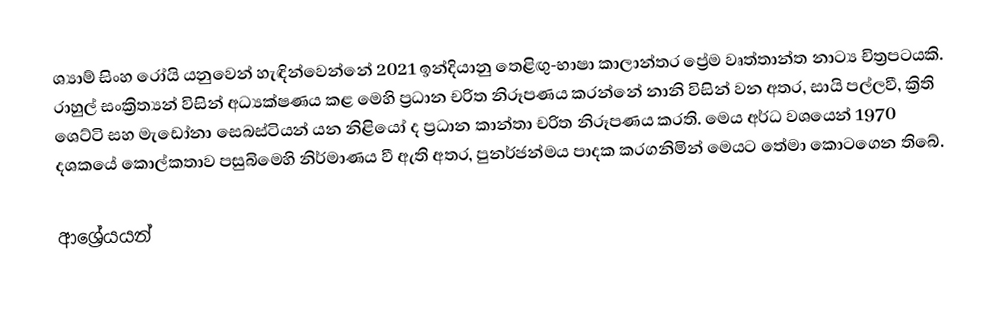
ශ්‍යාම් සිංහ රෝයි යනුවෙන් හැඳින්වෙන්නේ 2021 ඉන්දියානු තෙළිඟු-භාෂා කාලාන්තර ප්‍රේම වෘත්තාන්ත නාට්‍ය චිත්‍රපටයකි. රාහුල් සංක්‍රිත්‍යන් විසින් අධ්‍යක්ෂණය කළ මෙහි ප්‍රධාන චරිත නිරූපණය කරන්නේ නානි විසින් වන අතර, සායි පල්ලවී, ක්‍රිති ශෙට්ටි සහ මැඩෝනා සෙබස්ටියන් යන නිළියෝ ද ප්‍රධාන කාන්තා චරිත නිරූපණය කරති. මෙය අර්ධ වශයෙන් 1970 දශකයේ කොල්කතාව පසුබිමෙහි නිර්මාණය වී ඇති අතර, පුනර්ජන්මය පාදක කරගනිමින් මෙයට තේමා කොටගෙන තිබේ.

ආශ්‍රේයයන්